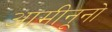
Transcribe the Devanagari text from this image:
आमीनूनो